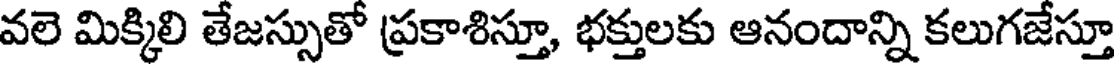
వలె మిక్కిలి తేజస్సుతో ప్రకాశిస్తూ, భక్తులకు ఆనందాన్ని కలుగజేస్తూ